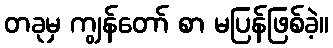
တခုမှ ကျွန်တော် စာ မပြန်ဖြစ်ခဲ့။